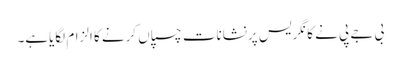
بی جے پی نے کانگریس پرنشانات چسپاں کرنے کا الزام لگایاہے۔